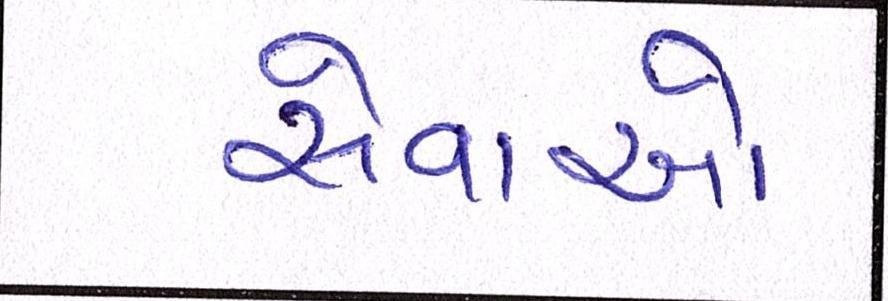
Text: સેવાઓ